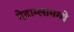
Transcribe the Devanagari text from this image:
मेदाम्लामध्ये